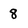
Character: 8